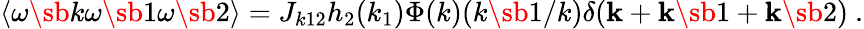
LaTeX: \langle\omega\sb k\omega\sb 1\omega\sb 2\rangle=J_{k12}h_{2}(k_{1})\Phi(k)(k\sb 1/k)\delta({\mathbf k}+{\mathbf k}\sb 1+{\mathbf k}\sb 2)\ .